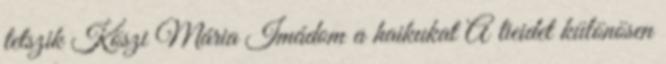
tetszik Köszi Mária Imádom a haikukat A tieidet különösen